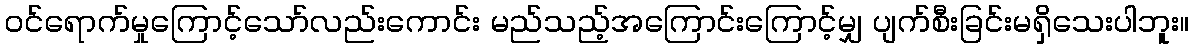
ဝင်ရောက်မှုကြောင့်သော်လည်းကောင်း မည်သည့်အကြောင်းကြောင့်မျှ ပျက်စီးခြင်းမရှိသေးပါဘူး။